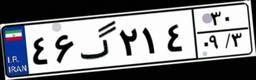
۴۶گ۲۱۴۳۰